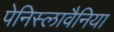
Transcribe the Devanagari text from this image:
पेनिस्लावैनिया